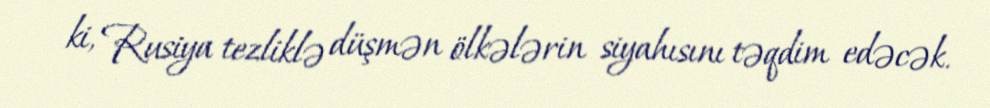
ki, Rusiya tezliklə düşmən ölkələrin siyahısını təqdim edəcək.